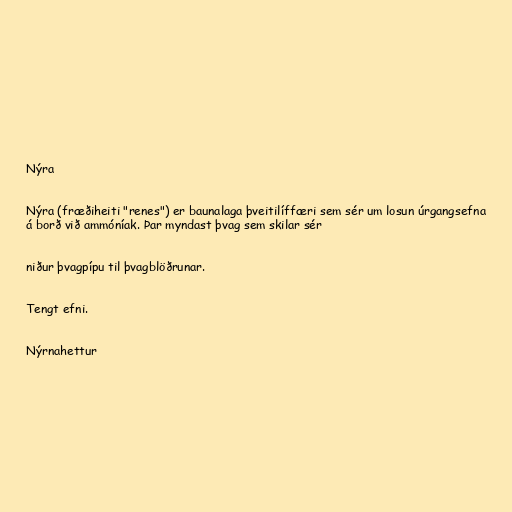
Nýra

Nýra (fræðiheiti "renes") er baunalaga þveitilíffæri sem sér um losun úrgangsefna
á borð við ammóníak. Þar myndast þvag sem skilar sér

niður þvagpípu til þvagblöðrunar.

Tengt efni.

Nýrnahettur